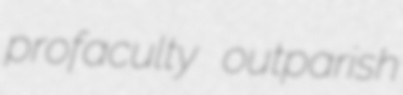
profaculty outparish